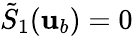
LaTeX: \tilde{S}_{1}({\mathbf{u}}_{b})=0